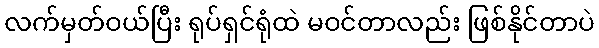
လက်မှတ်ဝယ်ပြီး ရုပ်ရှင်ရုံထဲ မဝင်တာလည်း ဖြစ်နိုင်တာပဲ